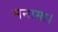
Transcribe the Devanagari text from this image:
मनामा।